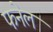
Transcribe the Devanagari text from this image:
फनेल